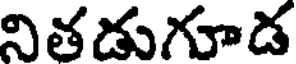
నితడుగూడ